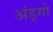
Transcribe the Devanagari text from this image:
अंड्गो